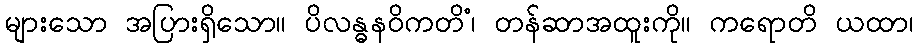
များသော အပြားရှိသော။ ပိလန္ဓနဝိကတိံ၊ တန်ဆာအထူးကို။ ကရောတိ ယထာ၊